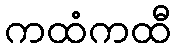
ကထံကထီ